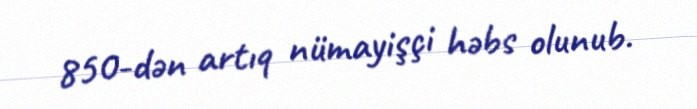
850-dən artıq nümayişçi həbs olunub.